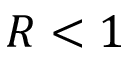
R < 1